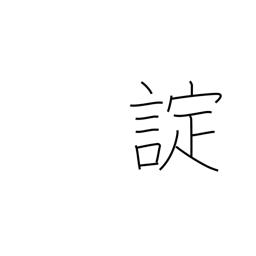
Meaning: command